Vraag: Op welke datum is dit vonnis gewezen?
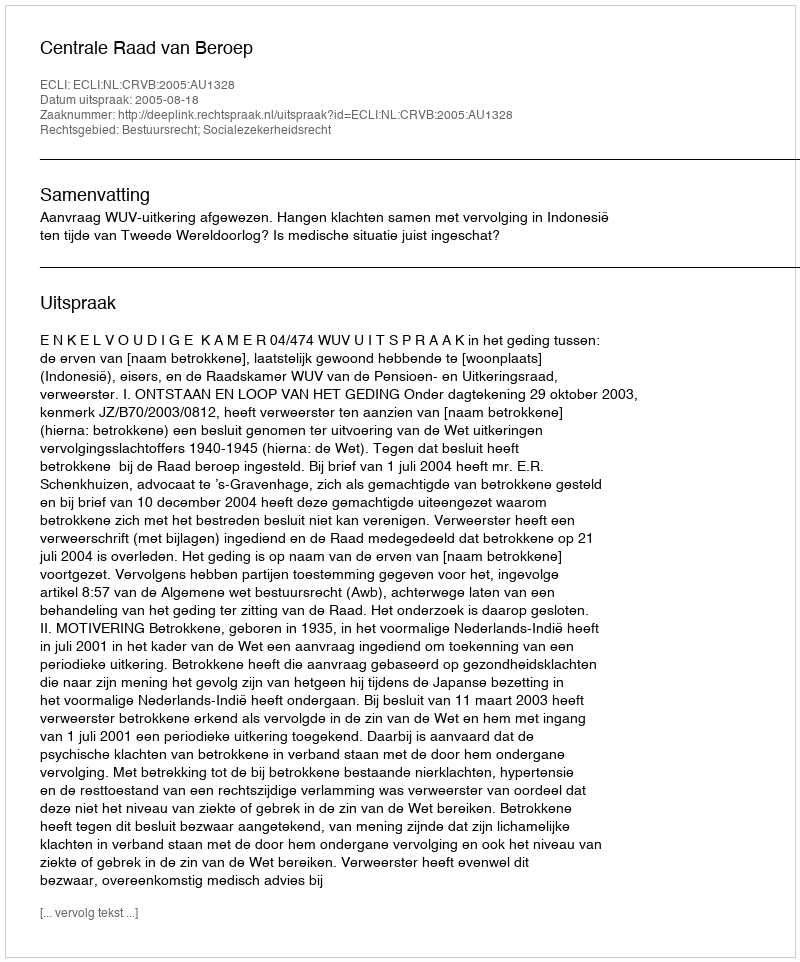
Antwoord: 2005-08-18